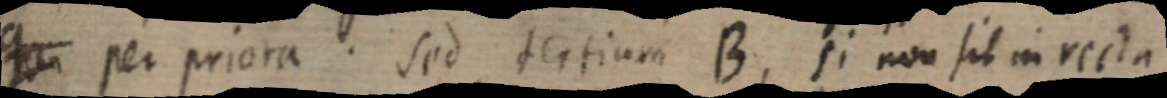
Q_ per priora. sed tertium B, si non sit in recta